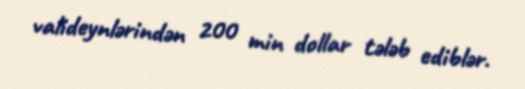
valideynlərindən 200 min dollar tələb ediblər.